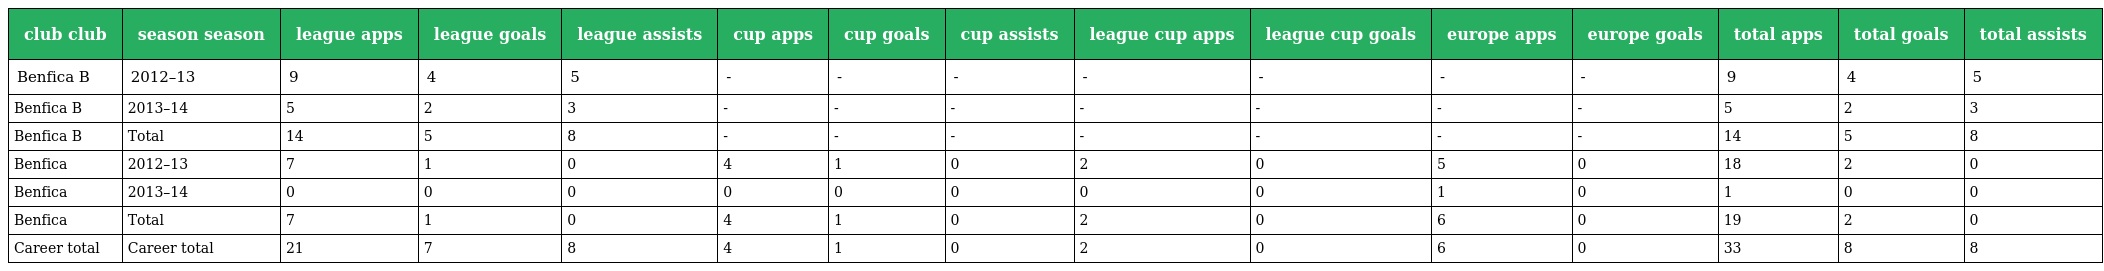
| club club | season season | league apps | league goals | league assists | cup apps | cup goals | cup assists | league cup apps | league cup goals | europe apps | europe goals | total apps | total goals | total assists |
 | --- | --- | --- | --- | --- | --- | --- | --- | --- | --- | --- | --- | --- | --- | --- |
 | Benfica B | 2012–13 | 9 | 4 | 5 | - | - | - | - | - | - | - | 9 | 4 | 5 |
 | Benfica B | 2013–14 | 5 | 2 | 3 | - | - | - | - | - | - | - | 5 | 2 | 3 |
 | Benfica B | Total | 14 | 5 | 8 | - | - | - | - | - | - | - | 14 | 5 | 8 |
 | Benfica | 2012–13 | 7 | 1 | 0 | 4 | 1 | 0 | 2 | 0 | 5 | 0 | 18 | 2 | 0 |
 | Benfica | 2013–14 | 0 | 0 | 0 | 0 | 0 | 0 | 0 | 0 | 1 | 0 | 1 | 0 | 0 |
 | Benfica | Total | 7 | 1 | 0 | 4 | 1 | 0 | 2 | 0 | 6 | 0 | 19 | 2 | 0 |
 | Career total | Career total | 21 | 7 | 8 | 4 | 1 | 0 | 2 | 0 | 6 | 0 | 33 | 8 | 8 |